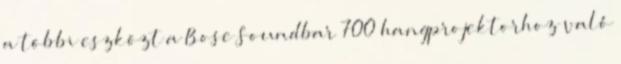
a többi eszközt a Bose Soundbar 700 hangprojektorhoz való